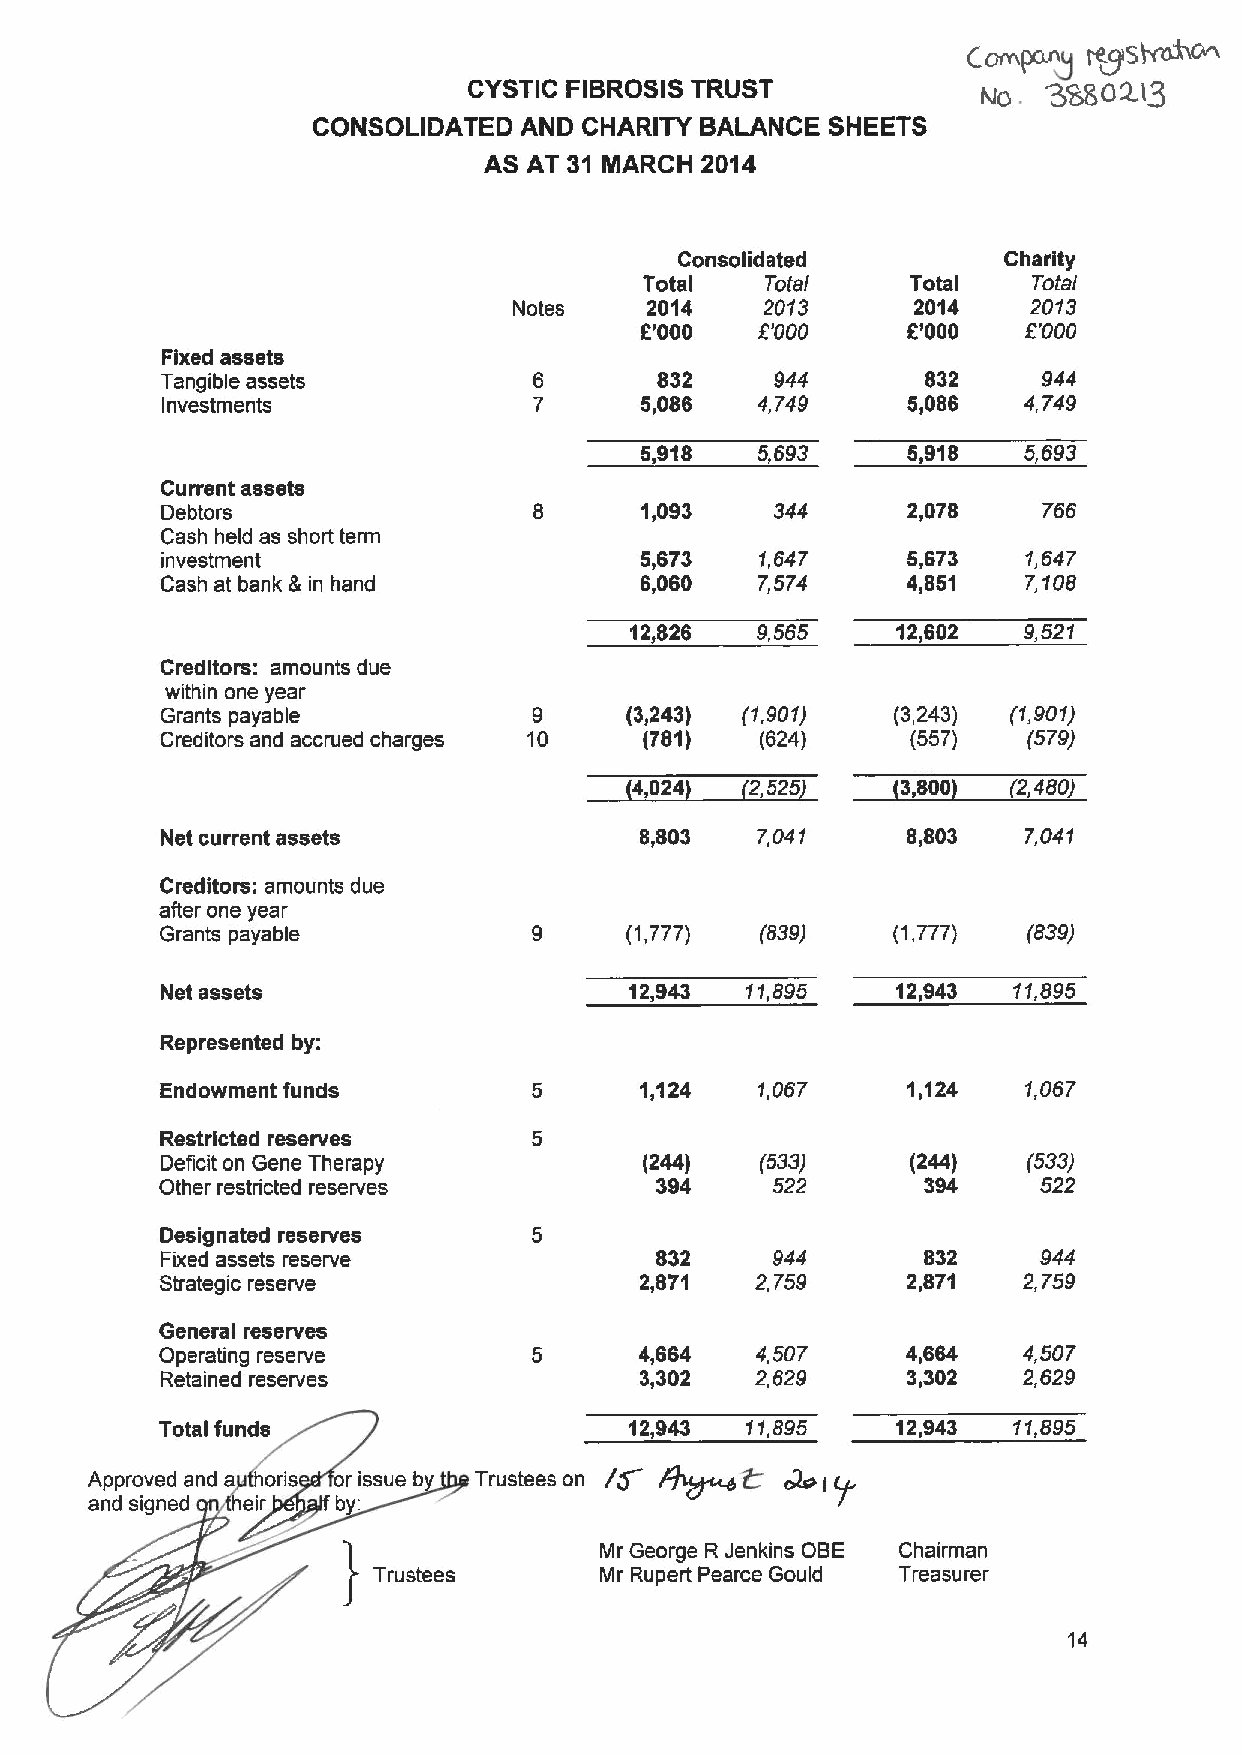
76gS~
 CornPanp
 CYSTIC FIBROSISTRUST                  38502.)3
 No .
 CONSOLIDATED AND  CHARITY BALANCE SHEETS
 AS AT 31 MARCH 2014
 Consolidated         Charity
 Total   Total    Total   Total
 Notes    2014    2013     2014    2013
 f'000   6'000     6'000   6'000
 Fixed assets
 Tangible assets                 832     944       832     944
 Investments                    5,086   4,749     5,086   4,749
 5,918   5,693     5,918   5,693
 Current assets
 Debtors                        1,093    344      2,078    766
 Cash held as short term
 investment                     5,673   1,647     5,673   1,647
 Cash at bank &in hand          6,060   7,574     4,851   7,108
 12,826  9,565    12,602   9,521
 Creditors: amounts due
 within one year
 Grants payable          9     (3,243) (1,901)   (3,243) (1,901)
 Creditors and accrued charges 10 (781) (624)     (557)   (579)
 4,024   2,525     3,800  (2,480)
 Net current assets             8,803   7,041     8,803   7,041
 Creditors: amounts due
 after one year
 Grants payable          9     (1,777)  (839)    (1,777)  (839)
 Net assets                     12,943 11,895    12,943  11,895
 Represented by:
 Endowment funds         5      1,124   1,067     1,124   1,067
 Restricted reserves
 Deficit on Gene Therapy         (244)  (533)     (244)   (533)
 Other restricted reserves       394     522       394     522
 Designated reserves
 Fixed assets reserve            832     944       832     944
 Strategic reserve              2,871   2,759     2,871   2,759
 General reserves
 Operating reserve       5      4,664   4,507     4,664   4,507
 Retained reserves              3,302   2,629     3,302   2,629
 Total funds                    12,943 11,895    12,943  11,895
 ~Q
 Approved and a oris or issue b Trustees on /Q
 b:
 and signed eir f
 Mr George R Jenkins OBE Chairman
 Mr Rupert Pearce Gould Treasurer
 14